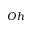
O h